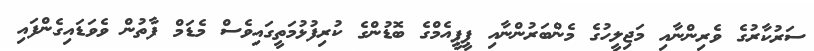
ސަރުކާރުގެ ވެރިންނާއި މަޖިލީހުގެ މެންބަރުންނާއި ޕީޕީއެމްގެ ބޮޑުންގެ ކުރިފުޅުމަތީގައިވެސް މެޑަމް ފާތުން ވެވަޑައިގެންފައި